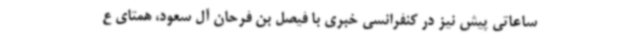
ساعاتی پیش نیز در کنفرانسی خبری با فیصل بن فرحان آل سعود، همتای ع